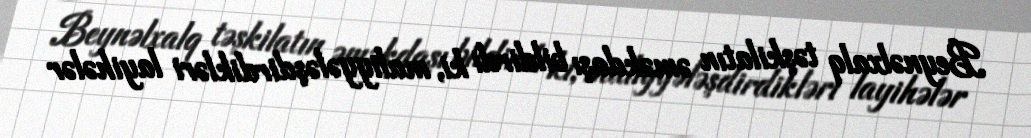
Beynəlxalq təşkilatın əməkdaşı bildirdi ki, maliyyələşdirdikləri layihələr